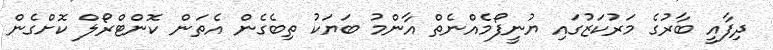
ދިފާއީ ބާރުގެ މަރުކަޒުގައި ޔުނީފޯމެއްނެތް އާންމު ބަޔަކު ތިބެގެން އެތަން ކޮންޓްރޯލް ކޮށްގެން